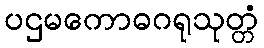
ပဌမကောဓဂရုသုတ္တံ